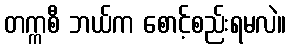
တက္ကစီ ဘယ်က စောင့်စည်းရမလဲ။